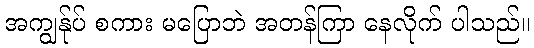
အကျွန်ုပ် စကား မပြောဘဲ အတန်ကြာ နေလိုက် ပါသည်။